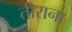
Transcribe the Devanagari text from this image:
तीराना